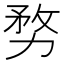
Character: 𭄶